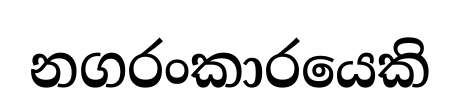
නගරංකාරයෙකි